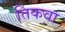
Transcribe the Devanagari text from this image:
तिकवा